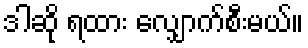
ဒါဆို ရထား လျှောက်စီးမယ်။